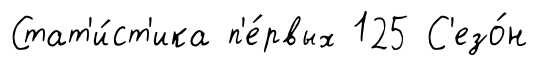
Стат'и́ст'ика п'е́рвых 125 С'езо́н